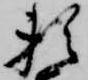
頼